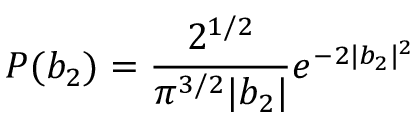
P ( b _ { 2 } ) = \frac { 2 ^ { 1 / 2 } } { \pi ^ { 3 / 2 } | b _ { 2 } | } e ^ { - 2 | b _ { 2 } | ^ { 2 } }